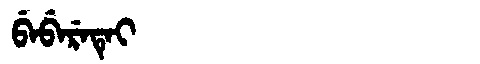
Manchu: ᠪᡝᠪᡝᡵᡝᡨᡝᡳ
Romanization: BEBERETEI